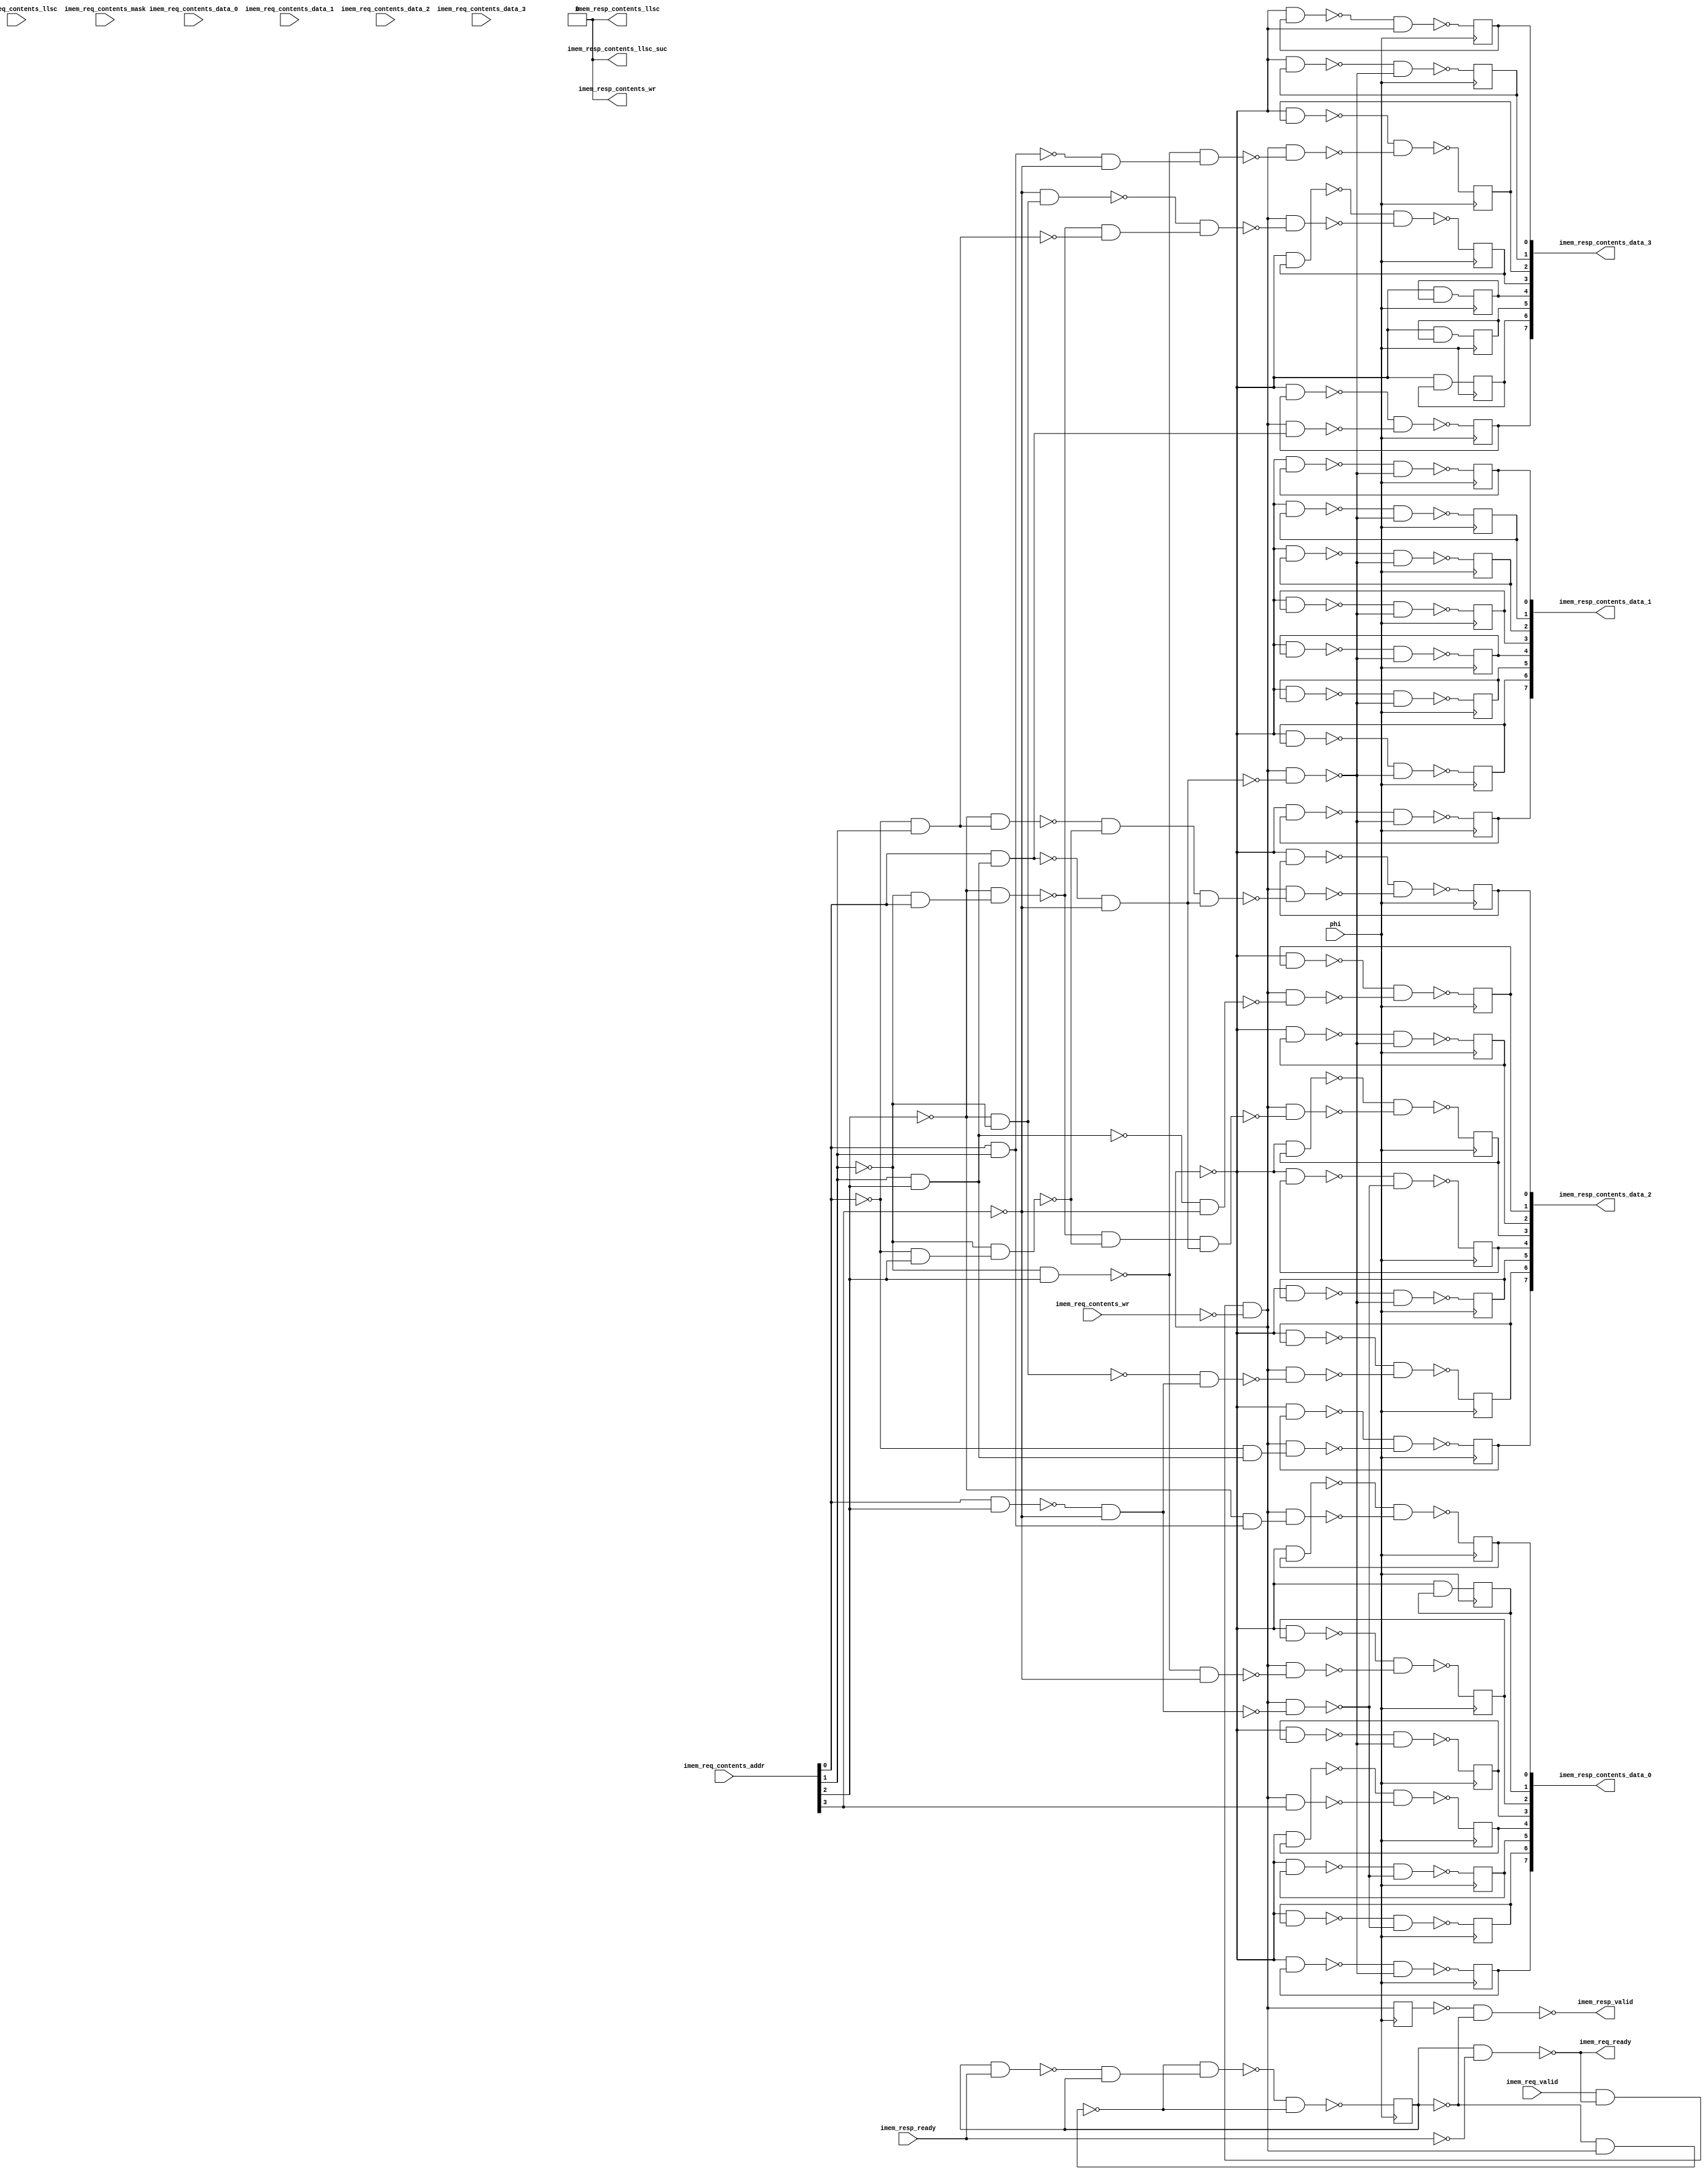
module h2_rom(
  phi,
  imem_req_contents_addr,
  imem_req_contents_data_0,
  imem_req_contents_data_1,
  imem_req_contents_data_2,
  imem_req_contents_data_3,
  imem_req_contents_llsc,
  imem_req_contents_mask,
  imem_req_contents_wr,
  imem_req_valid,
  imem_resp_ready,
  imem_req_ready,
  imem_resp_contents_data_0,
  imem_resp_contents_data_1,
  imem_resp_contents_data_2,
  imem_resp_contents_data_3,
  imem_resp_contents_llsc,
  imem_resp_contents_llsc_suc,
  imem_resp_contents_wr,
  imem_resp_valid
);

  input phi;
  input [29:0] imem_req_contents_addr;
  assign __x169 = imem_req_contents_addr[0];
  assign __x170 = imem_req_contents_addr[1];
  assign __x171 = imem_req_contents_addr[2];
  assign __x172 = imem_req_contents_addr[3];
  assign __x173 = imem_req_contents_addr[4];
  assign __x174 = imem_req_contents_addr[5];
  assign __x175 = imem_req_contents_addr[6];
  assign __x176 = imem_req_contents_addr[7];
  assign __x177 = imem_req_contents_addr[8];
  assign __x178 = imem_req_contents_addr[9];
  assign __x179 = imem_req_contents_addr[10];
  assign __x180 = imem_req_contents_addr[11];
  assign __x181 = imem_req_contents_addr[12];
  assign __x182 = imem_req_contents_addr[13];
  assign __x183 = imem_req_contents_addr[14];
  assign __x184 = imem_req_contents_addr[15];
  assign __x185 = imem_req_contents_addr[16];
  assign __x186 = imem_req_contents_addr[17];
  assign __x187 = imem_req_contents_addr[18];
  assign __x188 = imem_req_contents_addr[19];
  assign __x189 = imem_req_contents_addr[20];
  assign __x190 = imem_req_contents_addr[21];
  assign __x191 = imem_req_contents_addr[22];
  assign __x192 = imem_req_contents_addr[23];
  assign __x193 = imem_req_contents_addr[24];
  assign __x194 = imem_req_contents_addr[25];
  assign __x195 = imem_req_contents_addr[26];
  assign __x196 = imem_req_contents_addr[27];
  assign __x197 = imem_req_contents_addr[28];
  assign __x198 = imem_req_contents_addr[29];
  input [7:0] imem_req_contents_data_0;
  assign __x199 = imem_req_contents_data_0[0];
  assign __x200 = imem_req_contents_data_0[1];
  assign __x201 = imem_req_contents_data_0[2];
  assign __x202 = imem_req_contents_data_0[3];
  assign __x203 = imem_req_contents_data_0[4];
  assign __x204 = imem_req_contents_data_0[5];
  assign __x205 = imem_req_contents_data_0[6];
  assign __x206 = imem_req_contents_data_0[7];
  input [7:0] imem_req_contents_data_1;
  assign __x207 = imem_req_contents_data_1[0];
  assign __x208 = imem_req_contents_data_1[1];
  assign __x209 = imem_req_contents_data_1[2];
  assign __x210 = imem_req_contents_data_1[3];
  assign __x211 = imem_req_contents_data_1[4];
  assign __x212 = imem_req_contents_data_1[5];
  assign __x213 = imem_req_contents_data_1[6];
  assign __x214 = imem_req_contents_data_1[7];
  input [7:0] imem_req_contents_data_2;
  assign __x215 = imem_req_contents_data_2[0];
  assign __x216 = imem_req_contents_data_2[1];
  assign __x217 = imem_req_contents_data_2[2];
  assign __x218 = imem_req_contents_data_2[3];
  assign __x219 = imem_req_contents_data_2[4];
  assign __x220 = imem_req_contents_data_2[5];
  assign __x221 = imem_req_contents_data_2[6];
  assign __x222 = imem_req_contents_data_2[7];
  input [7:0] imem_req_contents_data_3;
  assign __x223 = imem_req_contents_data_3[0];
  assign __x224 = imem_req_contents_data_3[1];
  assign __x225 = imem_req_contents_data_3[2];
  assign __x226 = imem_req_contents_data_3[3];
  assign __x227 = imem_req_contents_data_3[4];
  assign __x228 = imem_req_contents_data_3[5];
  assign __x229 = imem_req_contents_data_3[6];
  assign __x230 = imem_req_contents_data_3[7];
  input imem_req_contents_llsc;
  assign __x231 = imem_req_contents_llsc;
  input [3:0] imem_req_contents_mask;
  assign __x232 = imem_req_contents_mask[0];
  assign __x233 = imem_req_contents_mask[1];
  assign __x234 = imem_req_contents_mask[2];
  assign __x235 = imem_req_contents_mask[3];
  input imem_req_contents_wr;
  assign __x236 = imem_req_contents_wr;
  input imem_req_valid;
  assign __x237 = imem_req_valid;
  input imem_resp_ready;
  assign __x238 = imem_resp_ready;
  output imem_req_ready;
  assign imem_req_ready = __x16;
  output [7:0] imem_resp_contents_data_0;
  assign imem_resp_contents_data_0[0] = __x137;
  assign imem_resp_contents_data_0[1] = __x138;
  assign imem_resp_contents_data_0[2] = __x139;
  assign imem_resp_contents_data_0[3] = __x140;
  assign imem_resp_contents_data_0[4] = __x141;
  assign imem_resp_contents_data_0[5] = __x142;
  assign imem_resp_contents_data_0[6] = __x143;
  assign imem_resp_contents_data_0[7] = __x144;
  output [7:0] imem_resp_contents_data_1;
  assign imem_resp_contents_data_1[0] = __x145;
  assign imem_resp_contents_data_1[1] = __x146;
  assign imem_resp_contents_data_1[2] = __x147;
  assign imem_resp_contents_data_1[3] = __x148;
  assign imem_resp_contents_data_1[4] = __x149;
  assign imem_resp_contents_data_1[5] = __x150;
  assign imem_resp_contents_data_1[6] = __x151;
  assign imem_resp_contents_data_1[7] = __x152;
  output [7:0] imem_resp_contents_data_2;
  assign imem_resp_contents_data_2[0] = __x153;
  assign imem_resp_contents_data_2[1] = __x154;
  assign imem_resp_contents_data_2[2] = __x155;
  assign imem_resp_contents_data_2[3] = __x156;
  assign imem_resp_contents_data_2[4] = __x157;
  assign imem_resp_contents_data_2[5] = __x158;
  assign imem_resp_contents_data_2[6] = __x159;
  assign imem_resp_contents_data_2[7] = __x160;
  output [7:0] imem_resp_contents_data_3;
  assign imem_resp_contents_data_3[0] = __x161;
  assign imem_resp_contents_data_3[1] = __x162;
  assign imem_resp_contents_data_3[2] = __x163;
  assign imem_resp_contents_data_3[3] = __x164;
  assign imem_resp_contents_data_3[4] = __x165;
  assign imem_resp_contents_data_3[5] = __x166;
  assign imem_resp_contents_data_3[6] = __x167;
  assign imem_resp_contents_data_3[7] = __x168;
  output imem_resp_contents_llsc;
  assign imem_resp_contents_llsc = __x244;
  output imem_resp_contents_llsc_suc;
  assign imem_resp_contents_llsc_suc = __x244;
  output imem_resp_contents_wr;
  assign imem_resp_contents_wr = __x244;
  output imem_resp_valid;
  assign imem_resp_valid = __x14;
  wire reset;
  assign reset = 0;
  reg __x0;
  wire __x1;
  wire __x2;
  wire __x3;
  wire __x4;
  wire __x5;
  wire __x6;
  wire __x7;
  wire __x8;
  wire __x9;
  wire __x10;
  wire __x11;
  reg __x12;
  wire __x13;
  wire __x14;
  wire __x15;
  wire __x16;
  wire __x17;
  wire __x18;
  wire __x19;
  wire __x20;
  wire __x21;
  wire __x22;
  wire __x23;
  wire __x24;
  wire __x25;
  wire __x26;
  wire __x27;
  wire __x28;
  wire __x29;
  wire __x30;
  wire __x31;
  wire __x32;
  wire __x33;
  wire __x34;
  wire __x35;
  wire __x36;
  wire __x37;
  wire __x38;
  wire __x39;
  wire __x40;
  wire __x41;
  wire __x42;
  wire __x43;
  wire __x44;
  wire __x45;
  wire __x46;
  wire __x47;
  wire __x48;
  wire __x49;
  wire __x50;
  wire __x51;
  wire __x52;
  wire __x53;
  wire __x54;
  wire __x55;
  wire __x56;
  wire __x57;
  wire __x58;
  wire __x59;
  wire __x60;
  wire __x61;
  wire __x62;
  wire __x63;
  wire __x64;
  wire __x65;
  wire __x66;
  wire __x67;
  wire __x68;
  wire __x69;
  wire __x70;
  wire __x71;
  wire __x72;
  wire __x73;
  wire __x74;
  wire __x75;
  wire __x76;
  wire __x77;
  wire __x78;
  wire __x79;
  wire __x80;
  wire __x81;
  wire __x82;
  wire __x83;
  wire __x84;
  wire __x85;
  wire __x86;
  wire __x87;
  wire __x88;
  wire __x89;
  wire __x90;
  wire __x91;
  wire __x92;
  wire __x93;
  wire __x94;
  wire __x95;
  wire __x96;
  wire __x97;
  wire __x98;
  wire __x99;
  wire __x100;
  wire __x101;
  wire __x102;
  wire __x103;
  wire __x104;
  wire __x105;
  wire __x106;
  wire __x107;
  wire __x108;
  wire __x109;
  wire __x110;
  wire __x111;
  wire __x112;
  wire __x113;
  wire __x114;
  wire __x115;
  wire __x116;
  wire __x117;
  wire __x118;
  wire __x119;
  wire __x120;
  wire __x121;
  wire __x122;
  wire __x123;
  wire __x124;
  wire __x125;
  wire __x126;
  wire __x127;
  wire __x128;
  wire __x129;
  wire __x130;
  wire __x131;
  wire __x132;
  wire __x133;
  wire __x134;
  wire __x135;
  wire __x136;
  reg __x137;
  reg __x138;
  reg __x139;
  reg __x140;
  reg __x141;
  reg __x142;
  reg __x143;
  reg __x144;
  reg __x145;
  reg __x146;
  reg __x147;
  reg __x148;
  reg __x149;
  reg __x150;
  reg __x151;
  reg __x152;
  reg __x153;
  reg __x154;
  reg __x155;
  reg __x156;
  reg __x157;
  reg __x158;
  reg __x159;
  reg __x160;
  reg __x161;
  reg __x162;
  reg __x163;
  reg __x164;
  reg __x165;
  reg __x166;
  reg __x167;
  reg __x168;
  wire __x169;
  wire __x170;
  wire __x171;
  wire __x172;
  wire __x173;
  wire __x174;
  wire __x175;
  wire __x176;
  wire __x177;
  wire __x178;
  wire __x179;
  wire __x180;
  wire __x181;
  wire __x182;
  wire __x183;
  wire __x184;
  wire __x185;
  wire __x186;
  wire __x187;
  wire __x188;
  wire __x189;
  wire __x190;
  wire __x191;
  wire __x192;
  wire __x193;
  wire __x194;
  wire __x195;
  wire __x196;
  wire __x197;
  wire __x198;
  wire __x199;
  wire __x200;
  wire __x201;
  wire __x202;
  wire __x203;
  wire __x204;
  wire __x205;
  wire __x206;
  wire __x207;
  wire __x208;
  wire __x209;
  wire __x210;
  wire __x211;
  wire __x212;
  wire __x213;
  wire __x214;
  wire __x215;
  wire __x216;
  wire __x217;
  wire __x218;
  wire __x219;
  wire __x220;
  wire __x221;
  wire __x222;
  wire __x223;
  wire __x224;
  wire __x225;
  wire __x226;
  wire __x227;
  wire __x228;
  wire __x229;
  wire __x230;
  wire __x231;
  wire __x232;
  wire __x233;
  wire __x234;
  wire __x235;
  wire __x236;
  wire __x237;
  wire __x238;
  wire __x239;
  wire __x240;
  wire __x241;
  wire __x242;
  wire __x243;
  wire __x244;
  initial
    begin
      __x0 <= 0;
    end
  always @ (posedge phi)
    begin
      __x0 <= __x10;
    end
  not __i1(__x1, __x236);
  nand __n2(__x2, __x237, __x16);
  not __i3(__x3, __x2);
  nand __n4(__x4, __x3, __x1);
  not __i5(__x5, __x4);
  nand __n6(__x6, __x0, __x238);
  not __i7(__x7, __x0);
  nand __n8(__x8, __x7, __x5);
  nand __n9(__x9, __x8, __x239);
  nand __n10(__x10, __x9, __x8);
  nand __n11(__x11, __x6, __x0);
  initial
    begin
      __x12 <= 0;
    end
  always @ (posedge phi)
    begin
      __x12 <= __x5;
    end
  not __i13(__x13, __x12);
  nand __n14(__x14, __x13, __x7);
  not __i15(__x15, __x238);
  nand __n16(__x16, __x0, __x15);
  not __i17(__x17, __x171);
  nand __n18(__x18, __x169, __x170);
  not __i19(__x19, __x18);
  nand __n20(__x20, __x17, __x19);
  not __i21(__x21, __x20);
  not __i22(__x22, __x170);
  nand __n23(__x23, __x22, __x171);
  not __i24(__x24, __x172);
  nand __n25(__x25, __x23, __x24);
  nand __n26(__x26, __x170, __x171);
  not __i27(__x27, __x26);
  nand __n28(__x28, __x169, __x27);
  not __i29(__x29, __x28);
  nand __n30(__x30, __x28, __x24);
  nand __n31(__x31, __x169, __x171);
  nand __n32(__x32, __x31, __x24);
  not __i33(__x33, __x169);
  nand __n34(__x34, __x33, __x170);
  not __i35(__x35, __x34);
  nand __n36(__x36, __x17, __x35);
  nand __n37(__x37, __x33, __x171);
  not __i38(__x38, __x37);
  nand __n39(__x39, __x22, __x38);
  nand __n40(__x40, __x36, __x39);
  not __i41(__x41, __x30);
  not __i42(__x42, __x40);
  nand __n43(__x43, __x42, __x41);
  nand __n44(__x44, __x26, __x24);
  nand __n45(__x45, __x22, __x169);
  not __i46(__x46, __x45);
  nand __n47(__x47, __x17, __x46);
  nand __n48(__x48, __x47, __x39);
  not __i49(__x49, __x48);
  nand __n50(__x50, __x49, __x41);
  nand __n51(__x51, __x17, __x22);
  not __i52(__x52, __x32);
  nand __n53(__x53, __x51, __x52);
  nand __n54(__x54, __x33, __x27);
  not __i55(__x55, __x54);
  nand __n56(__x56, __x18, __x24);
  not __i57(__x57, __x56);
  nand __n58(__x58, __x23, __x57);
  not __i59(__x59, __x51);
  nand __n60(__x60, __x24, __x59);
  nand __n61(__x61, __x47, __x34);
  not __i62(__x62, __x61);
  nand __n63(__x63, __x60, __x62);
  nand __n64(__x64, __x5, __x21);
  nand __n65(__x65, __x4, __x137);
  nand __n66(__x66, __x65, __x64);
  nand __n67(__x67, __x4, __x138);
  nand __n68(__x68, __x5, __x25);
  nand __n69(__x69, __x4, __x139);
  nand __n70(__x70, __x69, __x68);
  nand __n71(__x71, __x5, __x30);
  nand __n72(__x72, __x4, __x140);
  nand __n73(__x73, __x72, __x71);
  nand __n74(__x74, __x5, __x172);
  nand __n75(__x75, __x4, __x141);
  nand __n76(__x76, __x75, __x74);
  nand __n77(__x77, __x5, __x32);
  nand __n78(__x78, __x4, __x142);
  nand __n79(__x79, __x78, __x77);
  nand __n80(__x80, __x4, __x143);
  nand __n81(__x81, __x80, __x77);
  nand __n82(__x82, __x4, __x144);
  nand __n83(__x83, __x82, __x71);
  nand __n84(__x84, __x4, __x145);
  nand __n85(__x85, __x84, __x71);
  nand __n86(__x86, __x4, __x146);
  nand __n87(__x87, __x86, __x71);
  nand __n88(__x88, __x4, __x147);
  nand __n89(__x89, __x88, __x71);
  nand __n90(__x90, __x4, __x148);
  nand __n91(__x91, __x90, __x71);
  nand __n92(__x92, __x4, __x149);
  nand __n93(__x93, __x92, __x71);
  nand __n94(__x94, __x4, __x150);
  nand __n95(__x95, __x94, __x71);
  nand __n96(__x96, __x4, __x151);
  nand __n97(__x97, __x96, __x71);
  nand __n98(__x98, __x4, __x152);
  nand __n99(__x99, __x98, __x71);
  nand __n100(__x100, __x5, __x43);
  nand __n101(__x101, __x4, __x153);
  nand __n102(__x102, __x101, __x100);
  nand __n103(__x103, __x5, __x44);
  nand __n104(__x104, __x4, __x154);
  nand __n105(__x105, __x104, __x103);
  nand __n106(__x106, __x4, __x155);
  nand __n107(__x107, __x106, __x71);
  nand __n108(__x108, __x5, __x50);
  nand __n109(__x109, __x4, __x156);
  nand __n110(__x110, __x109, __x108);
  nand __n111(__x111, __x4, __x157);
  nand __n112(__x112, __x111, __x77);
  nand __n113(__x113, __x4, __x158);
  nand __n114(__x114, __x113, __x71);
  nand __n115(__x115, __x5, __x53);
  nand __n116(__x116, __x4, __x159);
  nand __n117(__x117, __x116, __x115);
  nand __n118(__x118, __x5, __x55);
  nand __n119(__x119, __x4, __x160);
  nand __n120(__x120, __x119, __x118);
  nand __n121(__x121, __x4, __x161);
  nand __n122(__x122, __x121, __x4);
  nand __n123(__x123, __x4, __x162);
  nand __n124(__x124, __x123, __x71);
  nand __n125(__x125, __x5, __x58);
  nand __n126(__x126, __x4, __x163);
  nand __n127(__x127, __x126, __x125);
  nand __n128(__x128, __x5, __x63);
  nand __n129(__x129, __x4, __x164);
  nand __n130(__x130, __x129, __x128);
  nand __n131(__x131, __x4, __x165);
  nand __n132(__x132, __x4, __x166);
  nand __n133(__x133, __x4, __x167);
  nand __n134(__x134, __x5, __x29);
  nand __n135(__x135, __x4, __x168);
  nand __n136(__x136, __x135, __x134);
  initial
    begin
      __x137 <= 0;
    end
  always @ (posedge phi)
    begin
      __x137 <= __x66;
    end
  initial
    begin
      __x138 <= 0;
    end
  always @ (posedge phi)
    begin
      __x138 <= __x240;
    end
  initial
    begin
      __x139 <= 0;
    end
  always @ (posedge phi)
    begin
      __x139 <= __x70;
    end
  initial
    begin
      __x140 <= 0;
    end
  always @ (posedge phi)
    begin
      __x140 <= __x73;
    end
  initial
    begin
      __x141 <= 0;
    end
  always @ (posedge phi)
    begin
      __x141 <= __x76;
    end
  initial
    begin
      __x142 <= 0;
    end
  always @ (posedge phi)
    begin
      __x142 <= __x79;
    end
  initial
    begin
      __x143 <= 0;
    end
  always @ (posedge phi)
    begin
      __x143 <= __x81;
    end
  initial
    begin
      __x144 <= 0;
    end
  always @ (posedge phi)
    begin
      __x144 <= __x83;
    end
  initial
    begin
      __x145 <= 0;
    end
  always @ (posedge phi)
    begin
      __x145 <= __x85;
    end
  initial
    begin
      __x146 <= 0;
    end
  always @ (posedge phi)
    begin
      __x146 <= __x87;
    end
  initial
    begin
      __x147 <= 0;
    end
  always @ (posedge phi)
    begin
      __x147 <= __x89;
    end
  initial
    begin
      __x148 <= 0;
    end
  always @ (posedge phi)
    begin
      __x148 <= __x91;
    end
  initial
    begin
      __x149 <= 0;
    end
  always @ (posedge phi)
    begin
      __x149 <= __x93;
    end
  initial
    begin
      __x150 <= 0;
    end
  always @ (posedge phi)
    begin
      __x150 <= __x95;
    end
  initial
    begin
      __x151 <= 0;
    end
  always @ (posedge phi)
    begin
      __x151 <= __x97;
    end
  initial
    begin
      __x152 <= 0;
    end
  always @ (posedge phi)
    begin
      __x152 <= __x99;
    end
  initial
    begin
      __x153 <= 0;
    end
  always @ (posedge phi)
    begin
      __x153 <= __x102;
    end
  initial
    begin
      __x154 <= 0;
    end
  always @ (posedge phi)
    begin
      __x154 <= __x105;
    end
  initial
    begin
      __x155 <= 0;
    end
  always @ (posedge phi)
    begin
      __x155 <= __x107;
    end
  initial
    begin
      __x156 <= 0;
    end
  always @ (posedge phi)
    begin
      __x156 <= __x110;
    end
  initial
    begin
      __x157 <= 0;
    end
  always @ (posedge phi)
    begin
      __x157 <= __x112;
    end
  initial
    begin
      __x158 <= 0;
    end
  always @ (posedge phi)
    begin
      __x158 <= __x114;
    end
  initial
    begin
      __x159 <= 0;
    end
  always @ (posedge phi)
    begin
      __x159 <= __x117;
    end
  initial
    begin
      __x160 <= 0;
    end
  always @ (posedge phi)
    begin
      __x160 <= __x120;
    end
  initial
    begin
      __x161 <= 0;
    end
  always @ (posedge phi)
    begin
      __x161 <= __x122;
    end
  initial
    begin
      __x162 <= 0;
    end
  always @ (posedge phi)
    begin
      __x162 <= __x124;
    end
  initial
    begin
      __x163 <= 0;
    end
  always @ (posedge phi)
    begin
      __x163 <= __x127;
    end
  initial
    begin
      __x164 <= 0;
    end
  always @ (posedge phi)
    begin
      __x164 <= __x130;
    end
  initial
    begin
      __x165 <= 0;
    end
  always @ (posedge phi)
    begin
      __x165 <= __x241;
    end
  initial
    begin
      __x166 <= 0;
    end
  always @ (posedge phi)
    begin
      __x166 <= __x242;
    end
  initial
    begin
      __x167 <= 0;
    end
  always @ (posedge phi)
    begin
      __x167 <= __x243;
    end
  initial
    begin
      __x168 <= 0;
    end
  always @ (posedge phi)
    begin
      __x168 <= __x136;
    end
  not __i239(__x239, __x11);
  not __i240(__x240, __x67);
  not __i241(__x241, __x131);
  not __i242(__x242, __x132);
  not __i243(__x243, __x133);
  assign __x244 = 0;
endmodule